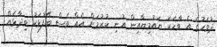
ދުވަހުގެ އެ ވާހަކަ ޔައުމިޔާއިން އުނި ކުރުމަށް އެއް ވެސް ބޭފުޅަކު ވިދާޅެއް